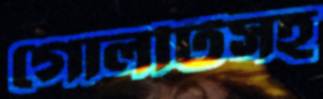
গোলটিসহ